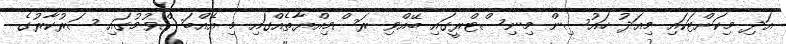
އަދި މިކަށްޓަކައި މިއަދު ހައުސިން މިނިސްޓްރީގައި ބޭއްވި ރަސްމިއްޔާތެއްގައި މި އެއްބަސްވުމުގައި ސަރުކާރުގެ